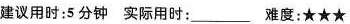
建议用时:5 分钟 实际用时: ___ 难度:★★★